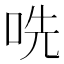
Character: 𫩱